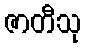
ဇာတီသု